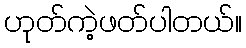
ဟုတ်ကဲ့ဖတ်ပါတယ်။